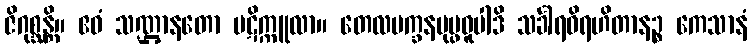
ဇိဂုစ္ဆန္တိ။ ဧဝံ သဏ္ဌာနတော ပဋိက္ကူလာ။ တေလမက္ခနပုပ္ဖဓူပါဒိ သင်္ခါရဝိရဟိတာနဉ္စ ကေသာနံ